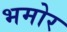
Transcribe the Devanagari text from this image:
भमोर